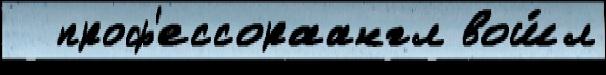
  проф'ессораангл вош́л